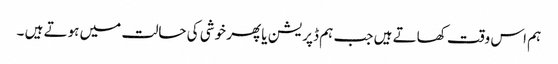
ہم اس وقت کھاتے ہیں جب ہم ڈپریشن یا پھر خوشی کی حالت میں ہوتے ہیں ۔